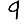
Digit: 9